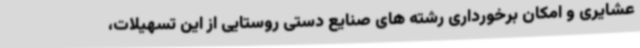
عشایری و امکان برخورداری رشته های صنایع دستی روستایی از این تسهیلات،